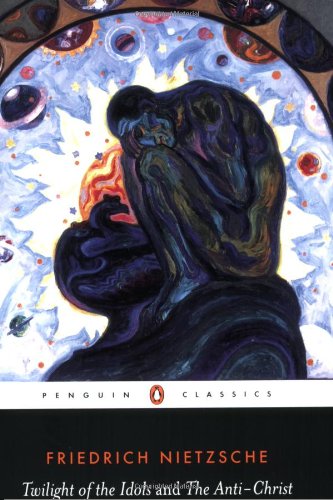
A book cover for The Twilight of the Idols and the Anti-Christ: or How to Philosophize with a Hammer (Penguin Classics); Friedrich Nietzsche; Politics & Social Sciences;